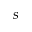
s